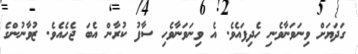
ގަދަޔަށް ވިނަވަނާވެނި ހެދިފައެވެ. އެ ވިނަވަނާވެހި ސާފު ކުރާން އެބަ ޖެހެއެވެ. ޒުވާނުންގެ